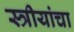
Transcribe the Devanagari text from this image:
स्त्रीयांचा